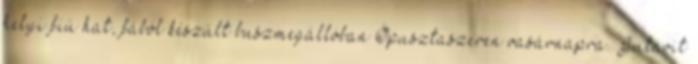
helyi fiú hat, fából készült buszmegállóban Ópusztaszeren vasárnapra. Jutavit